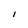
Character: I